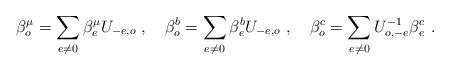
LaTeX: \begin{align*}\beta _{o}^{\mu }=\sum_{e\neq 0}\beta _{e}^{\mu }U_{-e,o}\,\,,\quad\beta_{o}^{b}=\sum_{e\neq 0}\beta _{e}^{b}U_{-e,o}\,\,,\quad\beta_{o}^{c}=\sum_{e\neq 0}U_{o,-e}^{-1}\beta _{e}^{c}\,\,.\end{align*}